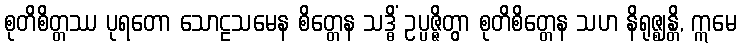
စုတိစိတ္တဿ ပုရတော သောဠသမေန စိတ္တေန သဒ္ဓိံ ဥပ္ပဇ္ဇိတွာ စုတိစိတ္တေန သဟ နိရုဇ္ဈန္တိ, ဣမေ